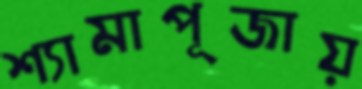
শ্যামাপূজায়